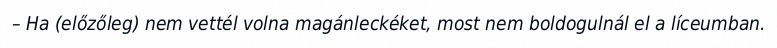
– Ha (előzőleg) nem vettél volna magánleckéket, most nem boldogulnál el a líceumban.